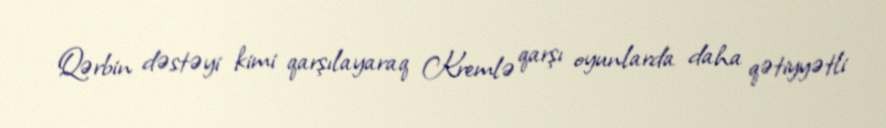
Qərbin dəstəyi kimi qarşılayaraq Kremlə qarşı oyunlarda daha qətiyyətli